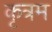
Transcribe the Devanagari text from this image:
कृत्रम